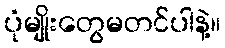
ပုံမျိုးတွေမတင်ပါနဲ့။